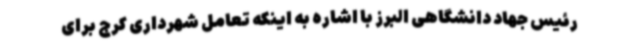
رئیس جهاد دانشگاهی البرز با اشاره به اینکه تعامل شهرداری کرج برای